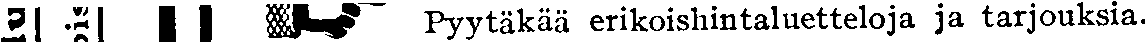
Pyytäkää erikoishintaluetteloja ja tarjouksia.